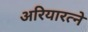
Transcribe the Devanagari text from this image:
अरियारत्ने